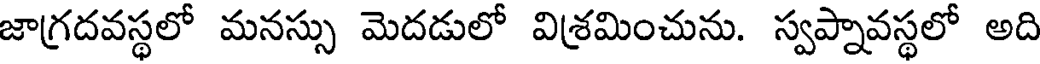
జాగ్రదవస్థలో మనస్సు మెదడులో విశ్రమించును. స్వప్నావస్థలో అది